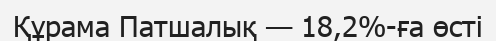
Құрама Патшалық — 18,2%-ға өсті